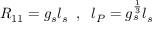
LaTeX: R _ { 1 1 } = g _ { s } l _ { s } \; \; , \; \; l _ { P } = g _ { s } ^ { \frac { 1 } { 3 } } l _ { s }